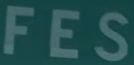
FES